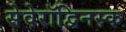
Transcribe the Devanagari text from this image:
सेवेरॉद्विनस्क